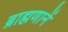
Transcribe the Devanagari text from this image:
ब्राह्मणानें